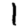
Digit: 1